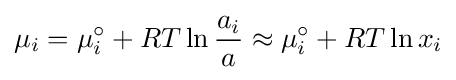
\mu _{i}=\mu _{i}^{\circ }+RT\ln {\frac {a_{i}}{a}}\approx \mu _{i}^{\circ }+RT\ln x_{i}